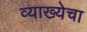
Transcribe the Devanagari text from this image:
व्याख्येचा